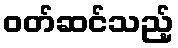
ဝတ်ဆင်သည့်